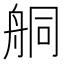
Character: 𦨴